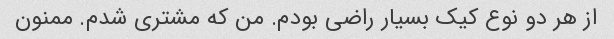
از هر دو نوع کیک بسیار راضی بودم. من که مشتری شدم. ممنون